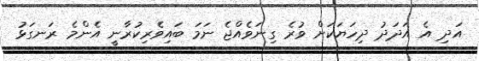
އަދި އެ އަދަދު ދިހަޔަކަށް ވުރެ ގިނަވެއްޖެ ނަމަ ބައިވެރިކުރާނީ އެންމެ ރަނގަޅު